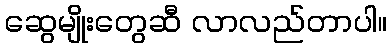
ဆွေမျိုးတွေဆီ လာလည်တာပါ။